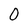
Character: O